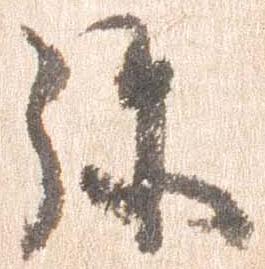
弥